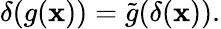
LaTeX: \delta(g(\mathbf{x}))={\tilde{{g}}}(\delta(\mathbf{x})).